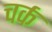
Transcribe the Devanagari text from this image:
चर्क